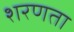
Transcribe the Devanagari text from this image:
शरणता